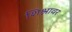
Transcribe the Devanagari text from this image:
शिश्नावर